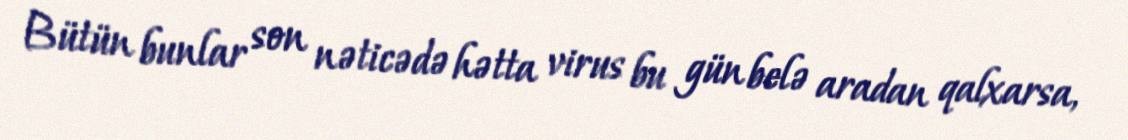
Bütün bunlar son nəticədə hətta virus bu gün belə aradan qalxarsa,